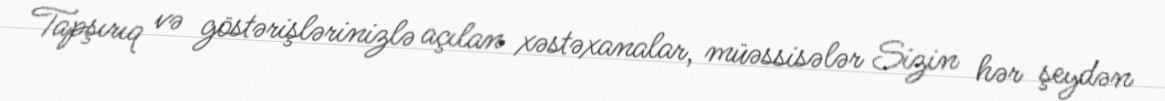
Tapşırıq və göstərişlərinizlə açılan xəstəxanalar, müəssisələr Sizin hər şeydən